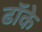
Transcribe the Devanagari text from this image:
ढॉके